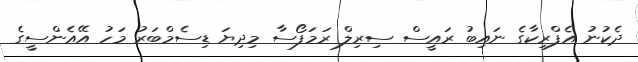
ދެކުނު އެފްރިކާގެ ނައިބު ރައީސް ސިރިލް ރަމަފޯސާ މިދިޔަ ޑިސެމްބަރު މަހު އޭއެންސީގެ